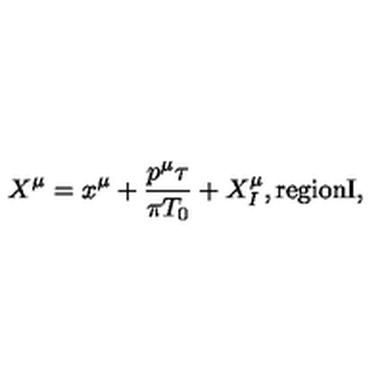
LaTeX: X ^ { \mu } = x ^ { \mu } + \frac { p ^ { \mu } \tau } { \pi { T _ { 0 } } } + X _ { I } ^ { \mu } , \mathrm { r e g i o n I } ,